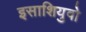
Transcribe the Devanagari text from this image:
इसाशियुवो